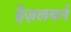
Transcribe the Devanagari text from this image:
हेज़लबर्न